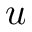
\boldsymbol { u }